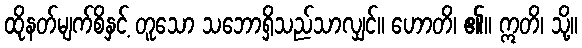
ထိုနတ်မျက်စိနှင့် တူသော သဘောရှိသည်သာလျှင်။ ဟောတိ၊ ၏။ ဣတိ၊ သို့။